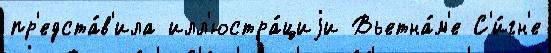
пр'едста́в'ила илл'юстра́циjи Вьетна́м'е С'и́гн'е